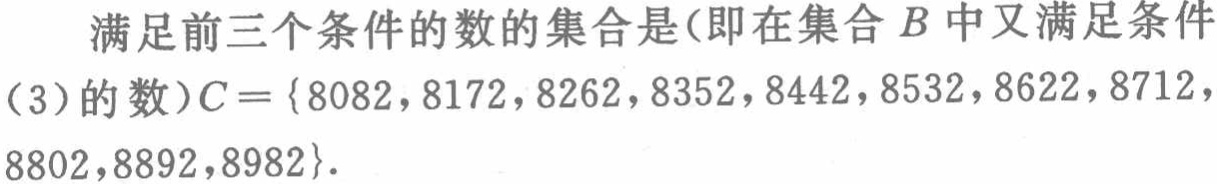
满足前三个条件的数的集合是(即在集合\(B\)中又满足条件
(3)的数)\(C = \{8082,8172,8262,8352,8442,8532,8622,8712,
8802,8892,8982\}.\)